Note on the mental hospitals in Burma - 1925-1940
Year: 1925
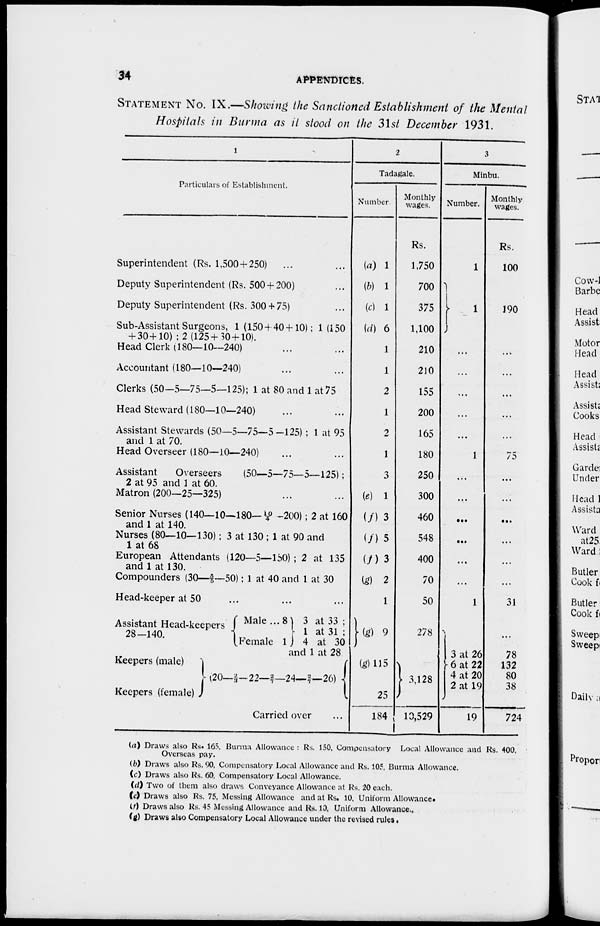
34
APPENDICES.
STATEMENT NO. IX.—Showing the Sanctioned Establishment of the Mental
Hospitals in Burma as it stood on the 31st December 1931.
1
Particulars of Establishment.
Superintendent (Rs. 1,500 + 250) ... ... ...
Deputy Superintendent (Rs. 500 + 200) ...
Deputy Superintendent (Rs. 300 + 75) ...
Sub-Assistant Surgeons, 1(1504 40+10); 1(150
+ 30+10) ; 2 (125+30+10).
Head Clerk (180—10—240) ... ...
Accountant (180—10—240) ... ...
Clerks (50—5—75—5—125); 1 at 80 and 1 at 75
Head Steward (180—10—240) ... ...
Assistant Stewards (50—5—75—5—125) ; 1 at 95
and 1 at 70.
Head Overseer (180—10—240) ... ...
Assistant
Overseers
(50—5—75—5—125);
2 at 95 and 1 at 60.
Matron (200—25—325)
Senior Nurses (140—10—180—19/4 –200); 2 at 160
and 1 at 140.
Nurses (80—10—130) ; 3 at 130 ; 1 at 90 and
1 at 68
European Attendants (120—5—150) ; 2 at 135
and 1 at 130.
Compounders (30—2/5—50): 1 at 40 and 1 at 30
Head-keeper at 50 ... ... ...
Assistant Head-keepers
28—140.
Keepers (male)
Keepers (female)
Male... 8
Female 1.
3 at 33 ;
1 at 31 ;
4 at 30
ind 1 at 28
(20—2/3—22—2/7—24—2/7—26)
Carried over ...
2
Tadagale.
Number
(a) 1
(b) 1
(c) 1
(d) 6
1
1
2
1
2
1
3
(e) 1
(f) 3
(f) 5
(f) 3
(g) 2
1
(g) 9
(g)115
25
184
Monthly
wages.
Rs.
1,750
700
375
1,100
210
210
155
200
165
180
250
300
460
548
400
70
50
278
3,128
10,529
3
Minbu.
Number.
1
1
...
...
...
...
...
1
...
...
...
...
...
...
1
3 at 26
6 at 22
4 at 20
2 at 19
19
Monthly
wages.
Rs.
100
190
...
...
...
...
...
75
...
...
...
...
...
...
31
...
78
132
80
38
724
(a) Draws also Rs. 165, Burma Allowance : Rs. 150, Compensatory Local Allowance and Rs. 400,
Overseas pay.
(b) Draws also Rs. 90, Compensatory Local Allowance and Rs. 105, Burma Allowance.
(c) Draws also Rs. 60, Compensatory Local Allowance.
(d) Two of them also draws Conveyance Allowance at Rs. 20 each.
(e) Draws also Rs. 75, Messing Allowance and at Rs. 10. Uniform Allowance.
(f) Draws also Rs. 45 Messing Allowance and Rs. 10. Uniform Allowance.
(g) Draws also Compensatory Local Allowance under the revised rules .